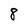
Character: 8